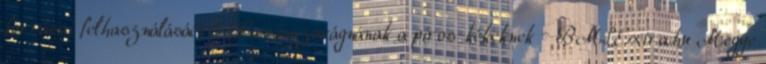
forrásai felhasználásáért? Ha visszavágnának a piros-kékeknek – BMSExtra.hu Megye